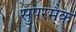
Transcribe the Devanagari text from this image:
सुपरमैक